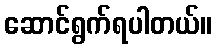
ဆောင်ရွက်ရပါတယ်။